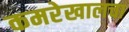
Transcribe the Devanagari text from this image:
कमरेखालचा